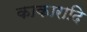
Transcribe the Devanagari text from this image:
काकारादि